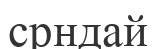
срндай